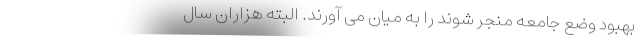
بهبودِ وضع جامعه منجر شوند را به میان می آورند. البته هزاران سال